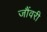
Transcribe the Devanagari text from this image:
जौंवरी